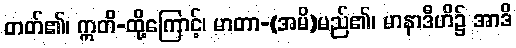
တတ်၏၊ ဣတိ-ထို့ကြောင့်၊ မာတာ-(အမိ)မည်၏၊ မာနာဒီဟိ၌ အာဒိ